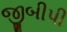
જીબીપી